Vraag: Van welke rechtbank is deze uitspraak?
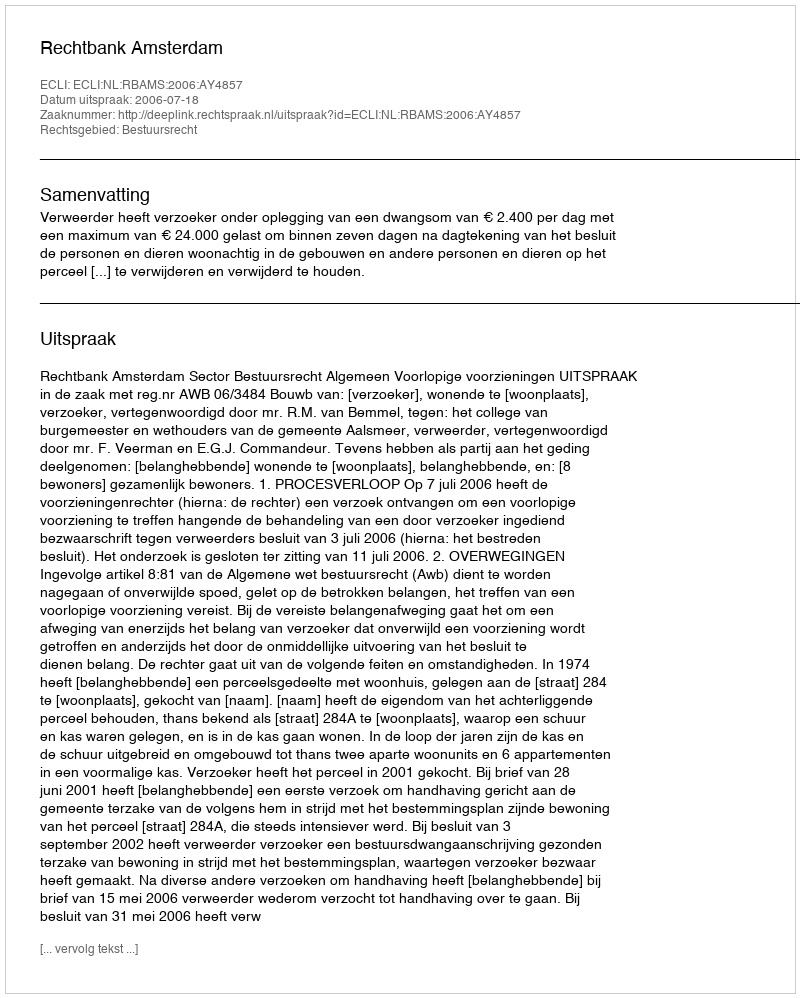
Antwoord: Rechtbank Amsterdam